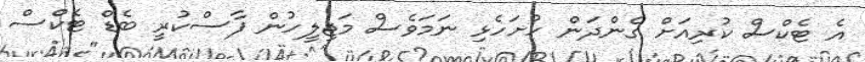
އެ ޓެކްސް ކުރިއަށް ގެންދަން ހުށަހެޅި ނަމަވެސް މަޖިލީހުން ފާސްކުރީ ބެޑް ޓެކްސް